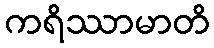
ကရိဿာမာတိ